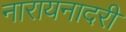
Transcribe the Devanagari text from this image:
नारायनादरी